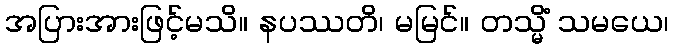
အပြားအားဖြင့်မသိ။ နပဿတိ၊ မမြင်။ တသ္မိံ သမယေ၊